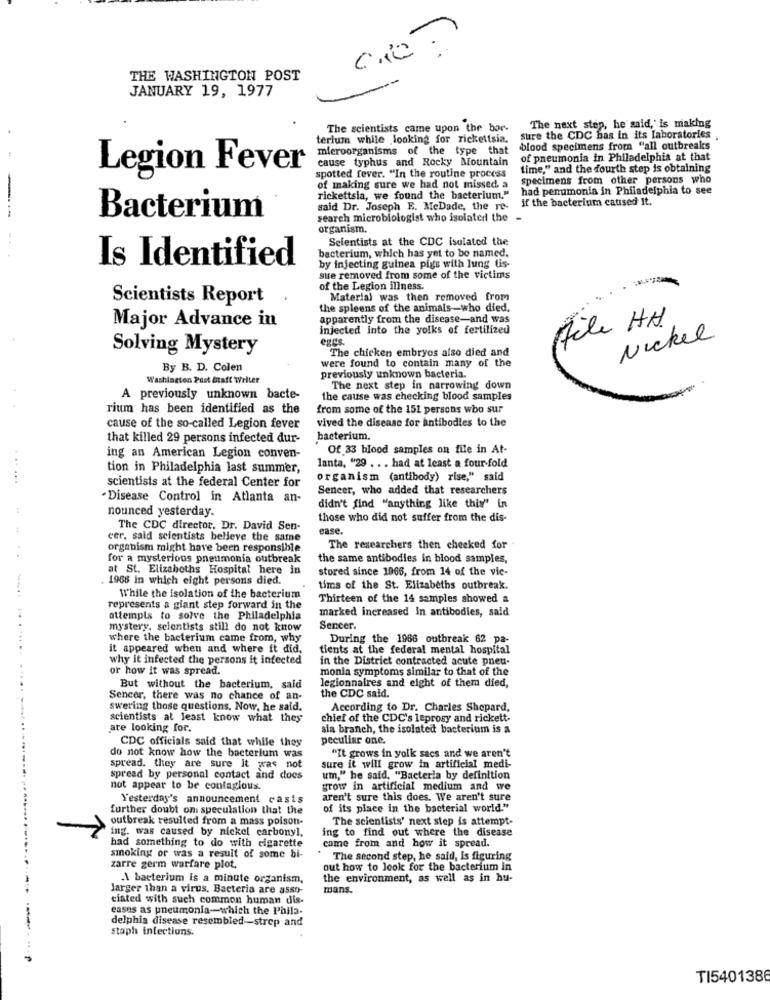
THE WASHINGTON POST
JANUARY 19, 1977
The scientists came upon the bor-
The next step, he said, is making
terium while looking for rickettsia.
sure the CDC has in its laboratories
microorganisms of the type that
blood specimens from "all outbreaks
cause typhus and Rocky Mountain
of pneumonia in Philadelphia at that
Legion Fever
time," and the fourth step is obtaining
spotted fever. "In the routine process
specimens from other persons who
-
of making sure we had not missed. a
had penumonia in Philadelphia to see
rickettsla, we found the bacterium."
said Dr. Joseph E. MeDade, the re- if the bacterium caused It.
Bacterium
search microbiologist who isolated the .
organism.
Selentists at the CDC isolated the
Is Identified
bacterium, which has yet to be named.
by injecting guinea pigs with lung tis-
sure removed from some of the victims
of the Legion illness.
Scientists Report
Material was then removed from
the spleens of the animals-who died.
apparently from the disease-and was
Aile HH
Major Advance in
injected into the yolks of fertilized
Nickel
Solving Mystery
The chicken embryos also died and
were found to contain many of the
By B. D. Colen
Washington Post Staft Welter
previously unknown bacteria.
The next step in narrowing down
A previously unknown bacte-
the cause was checking blood samples
rium has been identified as the
from some of the 151 persons who sur
vived the disease for antibodies to the
cause of the so-called Legion fever
that killed 29 persons infected dur-
bacterium.
Of 33 blood samples on file in At-
ing an American Legion conven-
lanta, "29 ... had at least a four-fold
tion in Philadelphia last summer,
scientists at the federal Center for
organism (antibody) rise," said
Sencer, who added that researchers
. Disease Control in Atlanta an-
nounced yesterday.
didn't find "anything like this" in
those who did not suffer from the dis-
The CDC director. Dr. David Sen-
ease.
cer, said scientists believe the same
organism might have been responsible
The researchers then checked for
for a mysterious pneumonia outbreak
the same antibodies in blood samples,
at St. Elizabeths Hospital here in
stored since 1966, from 14 of the vic-
. 1968 In which eight persons died.
tims of the St. Elizabeths outbreak.
While the isolation of the bacterium
Thirteen of the 14 samples showed a
represents a giant step forward in the
marked increased In antibodies, said
attempts to solve the Philadelphia
mystery, scientists still do not know
Sencer.
where the bacterium came from, why
During the 1986 outbreak 62 pa-
it appeared when and where it did,
tients at the federal mental hospital
why it infected the persons it infected
in the District contracted acute pneu-
or how it was spread.
monia symptoms similar to that of the
But without the bacterium, said
legionnaires and eight of them died,
the CDC said.
Sencer, there was no chance of an-
swering those questions. Now, he said.
According to Dr. Charles Shepard,
scientists at least know what they
chief of the CDC's leprosy and rickett-
are looking for.
sia branch, the isolated bacterium is a
peculiar one.
CDC officials said that while they
do not know how the bacterium was
"It grows in yolk sacs and we aren't
spread. they are sure It was not
sure it will grow in artificial medi-
spread by personal contact and docs
um," he said, "Bacteria by definition
not appear to be contagious.
grow in artificial medium and we
Yesterday's announcement casts
aren't sure this does. We aren't sure
further doubt on speculation that the
of its place in the bacterial world."
outbreak resulted from a mass poison-
The scientists' next step is attempt-
ing. was caused by nickel carbonyl,
ing to find out where the disease
came from and how it spread.
had something to do with cigarette
smoking or was a result of some bi-
The second step, he said, Is figuring
zarre germ warfare plot,
out how to look for the bacterium in
A bacterium is a minute organism,
the environment, as well as in hu-
larger than a virus. Bacteria are assoy-
mans.
ciated with such common human dis-
eases as pneumonia-which the Phila-
delphia disease resembled-strep and
staph infections.
TI5401386